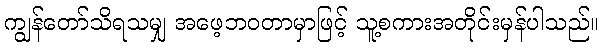
ကျွန်တော်သိရသမျှ အဖေ့ဘဝတာမှာဖြင့် သူ့စကားအတိုင်းမှန်ပါသည်။